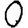
Digit: 0